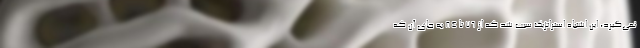
نمی‌گیرد، این اشتباه استراتژیک سبب شد که از ۷۶ تا ۸۴ به جای آن که